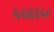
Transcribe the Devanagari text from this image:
५५६६५८